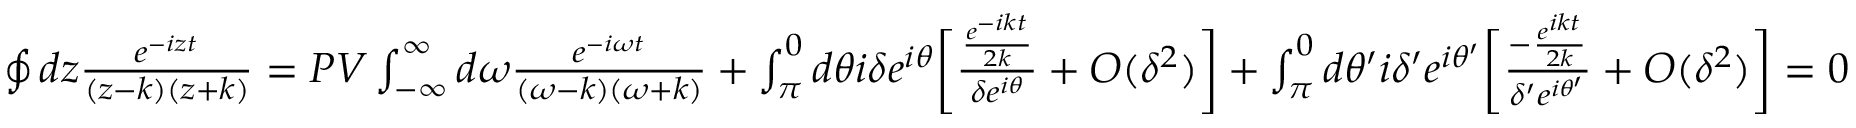
\begin{array} { r } { \oint d z \frac { e ^ { - i z t } } { ( z - k ) ( z + k ) } = P V \int _ { - \infty } ^ { \infty } d \omega \frac { e ^ { - i \omega t } } { ( \omega - k ) ( \omega + k ) } + \int _ { \pi } ^ { 0 } d \theta i \delta e ^ { i \theta } \bigg [ \frac { \frac { e ^ { - i k t } } { 2 k } } { \delta e ^ { i \theta } } + O ( \delta ^ { 2 } ) \bigg ] + \int _ { \pi } ^ { 0 } d \theta ^ { \prime } i \delta ^ { \prime } e ^ { i \theta ^ { \prime } } \bigg [ \frac { - \frac { e ^ { i k t } } { 2 k } } { \delta ^ { \prime } e ^ { i \theta ^ { \prime } } } + O ( \delta ^ { 2 } ) \bigg ] = 0 } \end{array}